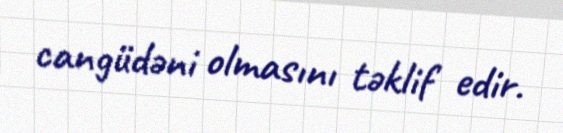
cangüdəni olmasını təklif edir.